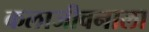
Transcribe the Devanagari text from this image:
कलाजीवनाला